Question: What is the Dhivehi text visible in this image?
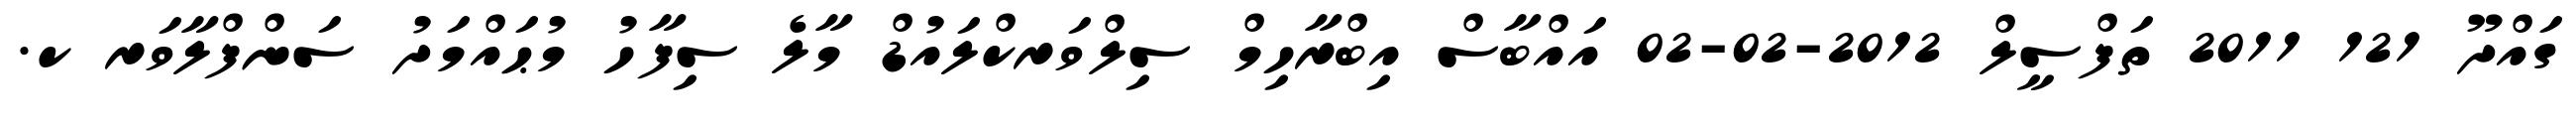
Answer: ގައްދޫ 121 2011 ތަފްސީލް 2012-02-02 އައްބާސް އިބްރާހިމް ސިލްވަރކްލައުޑް މާލެ ސިފާހު މުޙައްމަދު ސަންފްލާވަރ ކ.